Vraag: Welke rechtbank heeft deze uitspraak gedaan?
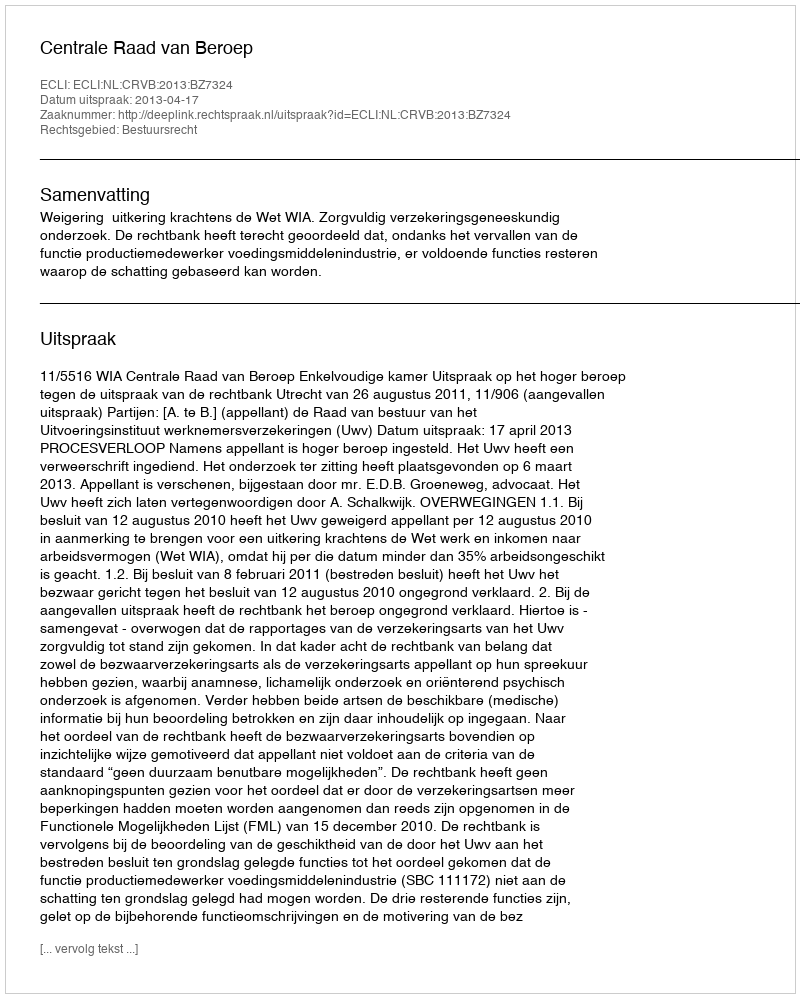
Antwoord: Centrale Raad van Beroep